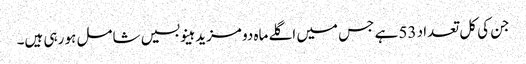
جن کی کل تعداد 53 ہے جس میں اگلے ماہ دو مزید ہینو بسیں شامل ہو رہی ہیں۔